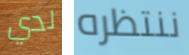
لدي ننتظره